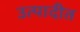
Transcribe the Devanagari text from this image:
उत्पादीत